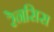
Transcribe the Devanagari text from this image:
रेनसिस